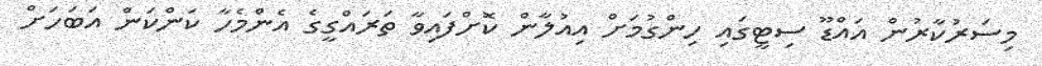
މިސަރުކާރުން އައްޑޫ ސިޓީގައި ހިންގުމަށް އިއުލާން ކޮށްފައިވާ ތަރައްގީގެ އެންމެހާ ކަންކަން އަބަހަށް